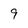
Character: 9